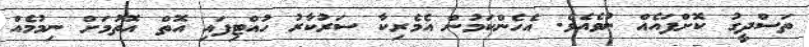
ތަސްދީގު ކޮށްފައެއް ނުވެއެވެ. އެހެންކަމުން އެމެރިކާ ސަރުކާރު ހުއްޓިފައި އޮތް އޮތުމަށް ނިމުމެއް